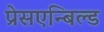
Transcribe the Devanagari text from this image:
प्रेसएन्बिल्ड